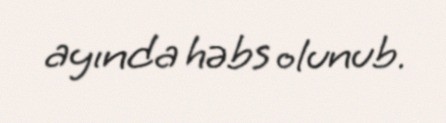
ayında həbs olunub.